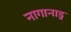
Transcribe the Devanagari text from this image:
नागानाडु